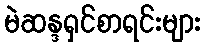
မဲဆန္ဒရှင်စာရင်းများ